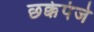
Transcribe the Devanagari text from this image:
छक्केपंजे